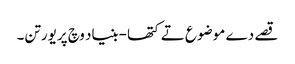
قصے دے موضوع تے کتھا-بنیاد وچ پریورتن۔